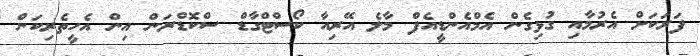
ފަރަކަށް އެރުމާއި ގުޅިގެން އެމްއެންޑީއެފް މާލެ އޭރިއާ ކޯސްޓްގާޑް ސްކޮޑްރަން އިން އެހީތެރިކަން